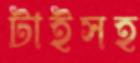
টাইসহ